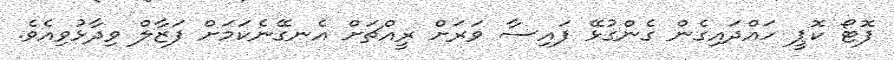
ފޮޓޯ ކޮޕީ ހައްދައިގެން ގެންގުޅޭ ފައިސާ ވަރަށް ރީއްޗަށް އެނގޭނެކަމަށް ފަޒާލް ވިދާޅުވިއެވެ.